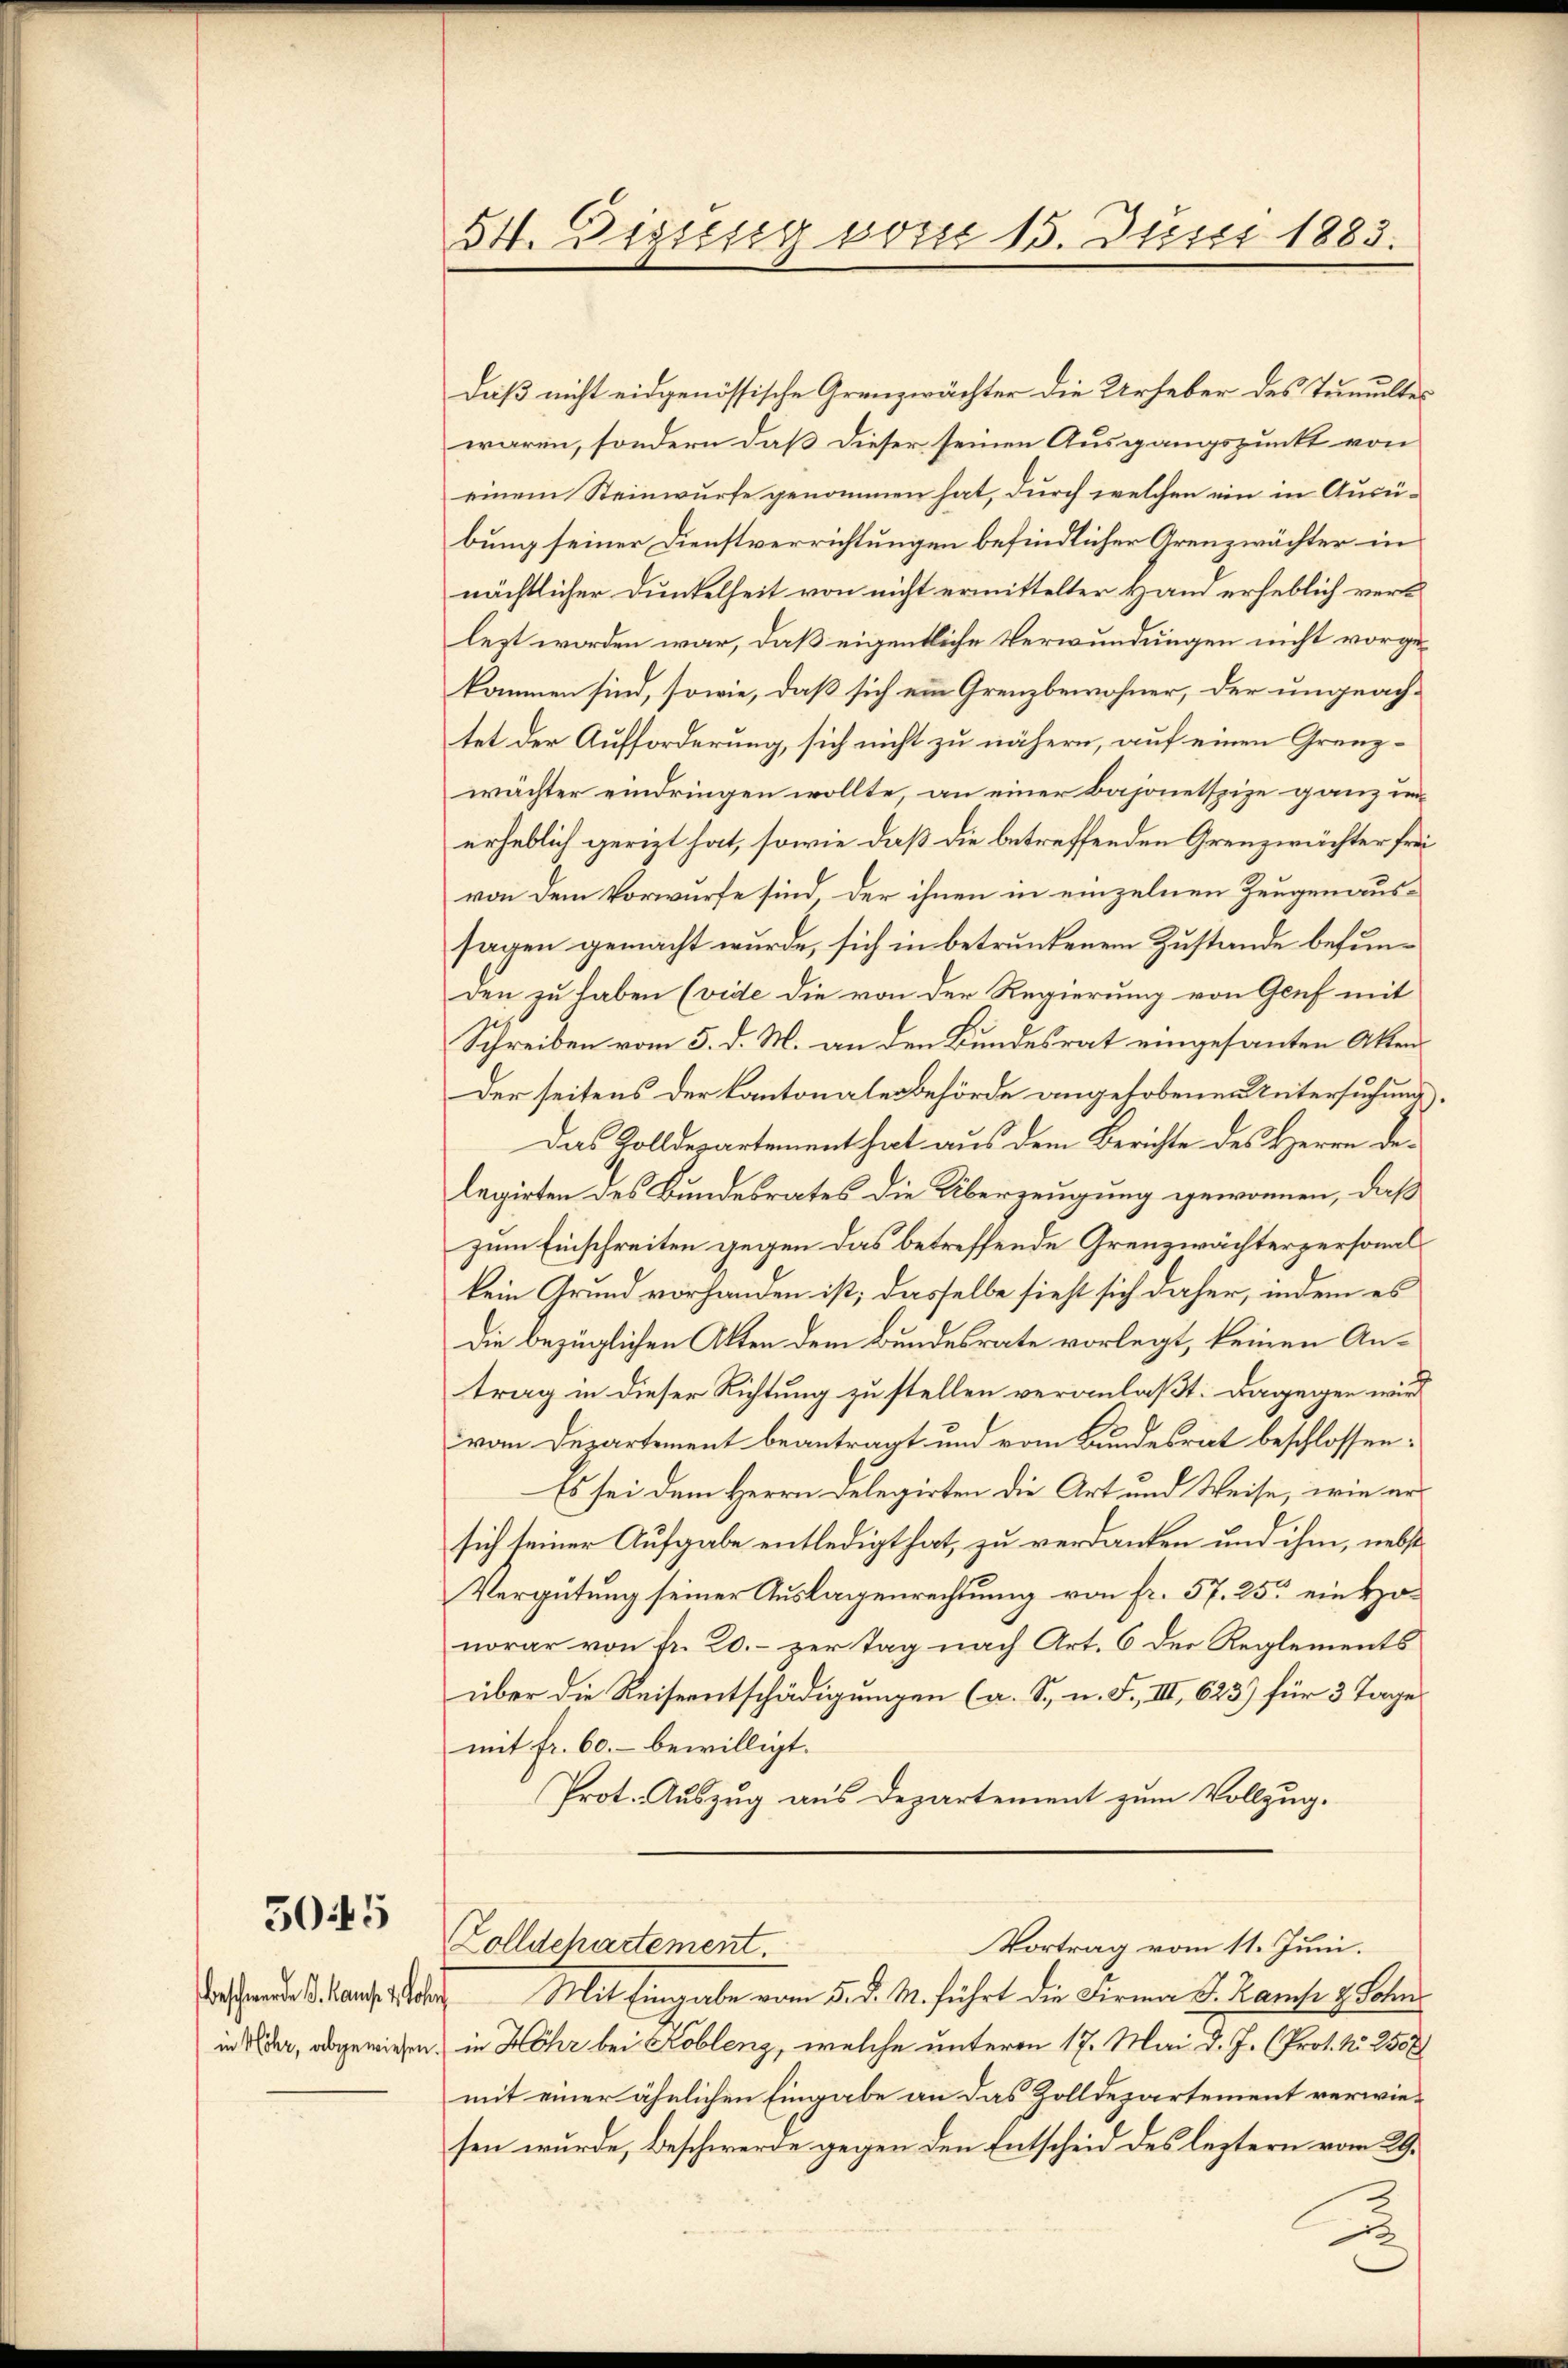
5045

beschwerden S. auf 1. Joh.
in Höhr, abgewiesen.

54. Digisseg von 15. Juser 1883.

daß nicht eidgenössische Grenzwächter die Urheber des Tumulter
waren, sondern daß dieser seinen Ausgangspunkt von
einem Steinwurfe genommen hat, durch welchen ein in Ausübung seiner Dienstverrichtungen befindlicher Arenzwächter in
nächtlicher Dunkelheit von nicht ermittelter Hand erheblich verk
lezt worden war, daß eigentliche Verwundungen nicht vorgekommen sind, sowie, daß sich ein Grenzbewohner, der ungeach-
tet der Aufforderung, sich nicht zu nähern, auf einen Grenzwächter eindringen wollte, an einer Bajonetspize ganz unerheblich gerizt hat, sowie daß die betreffenden Grenzwächter frei
von dem Vorwürfe sind, der ihnen in einzelnen Zeugenaussagen gemacht wurde, sich in betrunkenem Zustande befunden zu haben (vide die von der Regierung von Genf mit
Schreiben vom 5. d. M. an den Bundesrat eingesanten Akten
Der seitens der Kantonale Behörde angehobenen Untersuchung
Das Solldepartement hat aus dem Berichte des Herrn Delegirten des Bundesrates die Überzeugung gewonnen, daß
zum Einschreiten gegen das betreffende Grenzwächterpersonal
kein Grund vorhanden ist; dasselbe sieht sich daher, indem es
Die bezüglichen Akten dem Bundesrate vorlegt, keinen Antrag in dieser Richtung zu stellen veranlaßt. Dagegen wird
vom Departement beantragt und vom Bundesrat beschlossen:
Es sei dem Herrn Delegirten die Art und Weise, wie ersich seiner Aufgabe entledigt hat, zu verdanken und ihm, nebst
Vergütung seiner Auslagenrechtung von fr. 57. 25. ein Honorar von fr. 20. - zur Tag nach Art. 6 der Reglements
über die Reiseentschädigungen (a. S. u. F. III, 623) für 3 Tage
mit fr. 60. bewilligt.
Prot. Auszug aus Departement zum Vollzug.
Vortrag vom 11. Juni.
Zolldehartement
Mit Eingabe vom 5. d. M. führt die Firma J. Kampe & Sohn
in Höhr bei Koblenz, welche unteren 17. Mai d. J. (Prot. No. 250
mit einer ähnlichen Eingabe an das Zolldepartement verwiesen wurde, Beschwerde gegen den Entscheid des leztern vom 29.

J